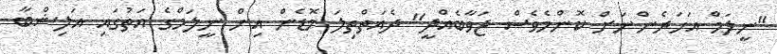
"ނީލަމް އަހަރެންނަށް ކޮންމެވެސް ޖަވާބެއްދީ" ދެއަތްތިލަ މޮޑެން އިން ނީލަމްގެ އަތުގައި އަލިޝްބާ